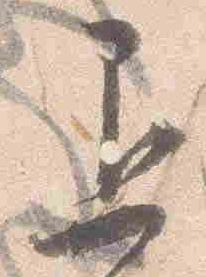
退